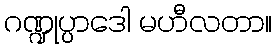
ဂဏ္ဍုပ္ပာဒေါ မဟီလတာ။